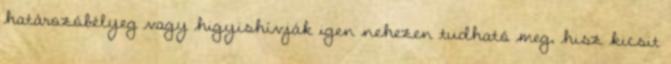
határozóbélyeg vagy higyishívják igen nehezen tudható meg, hisz kicsit